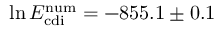
\ln E _ { \mathrm { c d i } } ^ { \mathrm { n u m } } = - 8 5 5 . 1 \pm 0 . 1